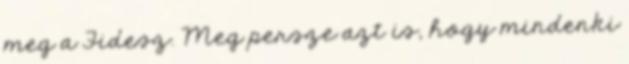
meg a Fidesz. Meg persze azt is, hogy mindenki